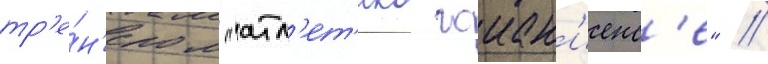
тр'е́н'ером "атл'ет'ико гоиан'иенс'е" //